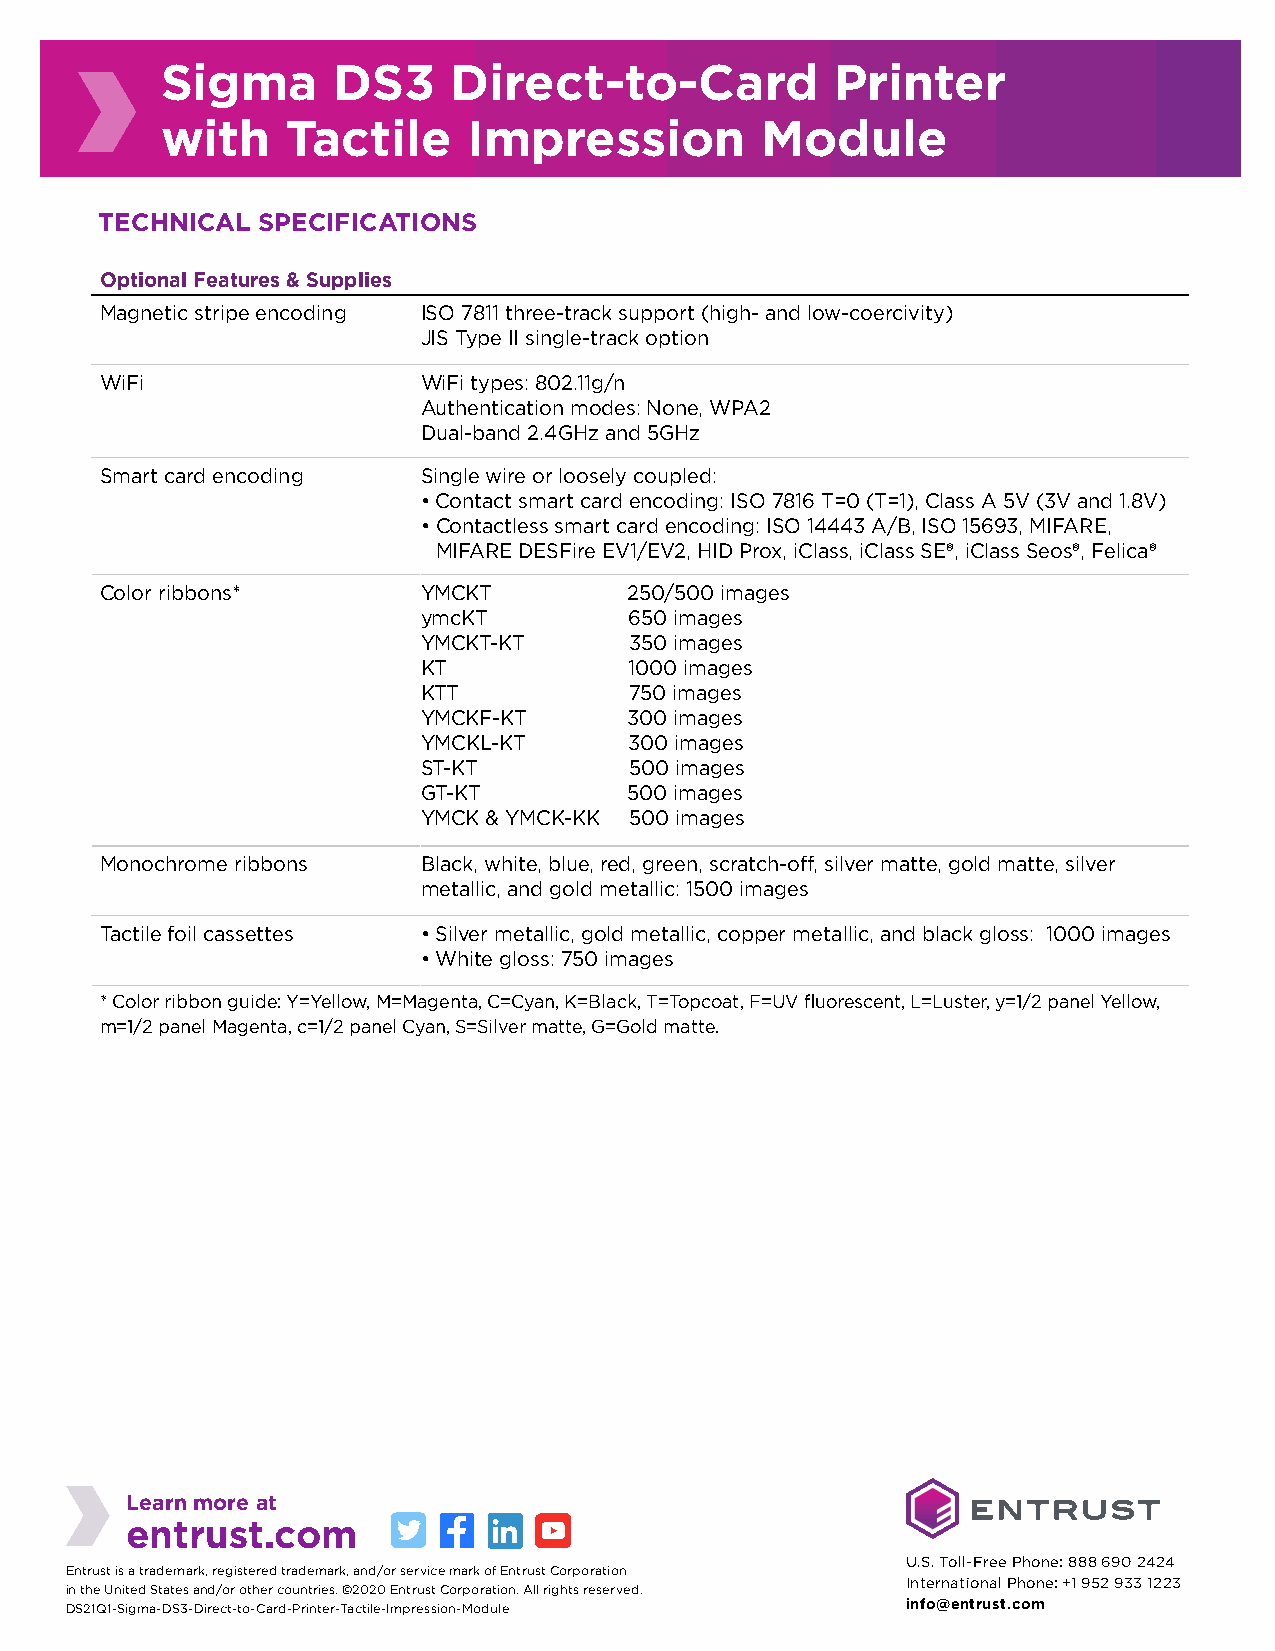
Sigma      DS3     Direct-to-Card           Printer
 with    Tactile     Impression         Module
 TECHNICAL SPECIFICATIONS
 Optional Features & Supplies
 Magnetic stripe encoding ISO 7811 three-track support (high- and low-coercivity)
 JIS Type II single-track option
 WiFi                 WiFi types: 802.11g/n
 Authentication modes: None, WPA2
 Dual-band 2.4GHz and 5GHz
 Smart card encoding  Single wire or loosely coupled:
 • Contact smart card encoding: ISO 7816 T=0 (T=1), Class A 5V (3V and 1.8V)
 • C ontactless smart card encoding: ISO 14443 A/B, ISO 15693, MIFARE,
 MIFARE DESFire EV1/EV2, HID Prox, iClass, iClass SE®, iClass Seos®, Felica®
 Color ribbons*       YMCKT         250/500 images
 ymcKT         650 images
 YMCKT-KT      350 images
 KT            1000 images
 KTT           750 images
 YMCKF-KT      300 images
 YMCKL-KT      300 images
 ST-KT         500 images
 GT-KT         500 images
 YMCK & YMCK-KK 500 images
 Monochrome ribbons   Black, white, blue, red, green, scratch-off, silver matte, gold matte, silver
 metallic, and gold metallic: 1500 images
 Tactile foil cassettes • Silver metallic, gold metallic, copper metallic, and black gloss: 1000 images
 • White gloss: 750 images
 * Color ribbon guide: Y=Yellow, M=Magenta, C=Cyan, K=Black, T=Topcoat, F=UV fluorescent, L=Luster, y=1/2 panel Yellow,
 m=1/2 panel Magenta, c=1/2 panel Cyan, S=Silver matte, G=Gold matte.
 Learn more at
 entrust.com
 U.S. Toll-Free Phone: 888 690 2424
 Entrust is a trademark, registered trademark, and/or service mark of Entrust Corporation
 International Phone: +1 952 933 1223
 in the United States and/or other countries. ©2020 Entrust Corporation. All rights reserved.
 DS21Q1-Sigma-DS3-Direct-to-Card-Printer-Tactile-Impression-Module info@entrust.com